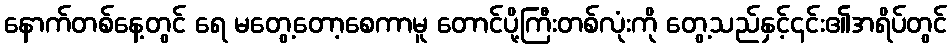
နောက်တစ်နေ့တွင် ရေ မတွေ့တော့စေကာမူ တောင်ပို့ကြီးတစ်လုံးကို တွေ့သည်နှင့်၎င်း၏အရိပ်တွင်